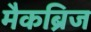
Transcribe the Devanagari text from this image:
मैकब्रिज